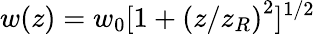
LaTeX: w(z)=w_{0}[1+\left(z/z_{R}\right)^{2}]^{1/2}